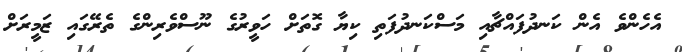
އެހެންވެ އެން ކަނދުފައްޗާއި މަސްކަނދުފަތި ކިޔާ ގޮތަށް ހަވީރުގެ ނޫސްވެރިންގެ ތެރޭގައި ޒަމީރަށް